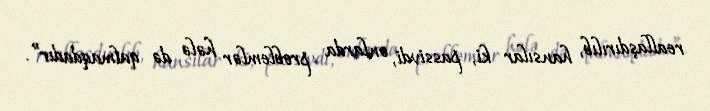
reallaşdırılıb, hansılar ki, passivdi, onlarda problemlər hələ də qalmaqdadır”.